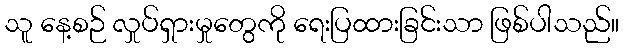
သူ နေ့စဉ် လှုပ်ရှားမှုတွေကို ရေးပြထားခြင်းသာ ဖြစ်ပါသည်။